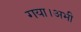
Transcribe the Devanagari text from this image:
गया।अभी